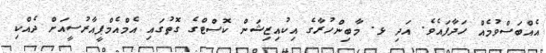
އެއްބަސްވުމެއް ހަދާފައެވެ. އަދި ޅ. މާބިންހުރާގެ އިކުއިޒިޝަން ކޮސްޓްގެ ގޮތުގައި އެމްއެމްޕީއާރުސީއަށް ދެއްކި